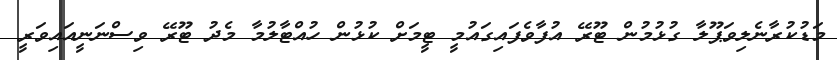
މަޑުކުރާނެލިވަޕޫލާ ގުޅުމުން ޓޫރޭ އުފާވެފައިގައުމީ ޓީމަށް ކުޅުން ހުއްޓާލުމާ މެދު ޓޫރޭ ވިސްނަނީއައިވަރީ